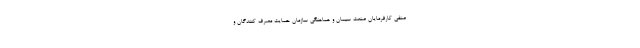
صنفی کارفرمایان صنعت سیمان و هماهنگی سازمان حمایت مصرف کنندگان و